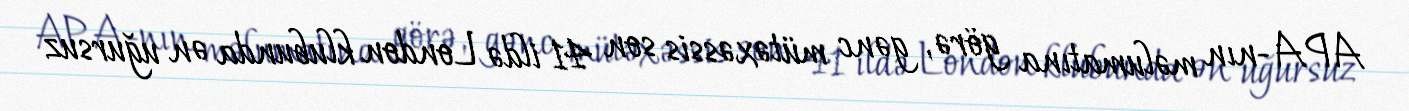
APA-nın məlumatına görə, gənc mütəxəssis son 41 ildə London klubunda ən uğursuz